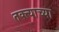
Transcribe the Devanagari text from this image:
तक्त्याच्या